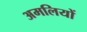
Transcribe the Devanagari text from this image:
अमलियों